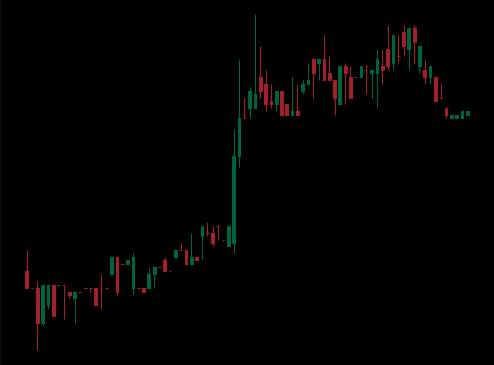
Pattern: bear_flag